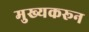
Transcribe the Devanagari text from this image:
मुख्यकरून